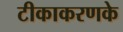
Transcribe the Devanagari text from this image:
टीकाकरणके